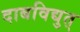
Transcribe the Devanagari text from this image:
दाबविद्युत्‌